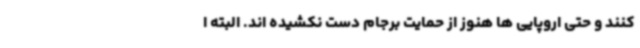
کنند و حتی اروپایی ها هنوز از حمایت برجام دست نکشیده اند. البته ا